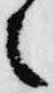
之